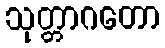
သုတ္တာဂတော